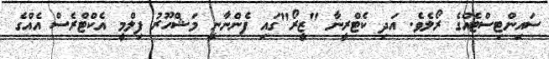
ސައިންޓިސްޓެއްގެ ރޯލެވެ. އަދި ކެޓްރީނާ "ޒީރޯ"ގައި ފެންނާނީ މަޝްހޫރު ފިލްމީ އެކްޓްރެސް އެއްގެ